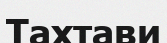
Тахтави